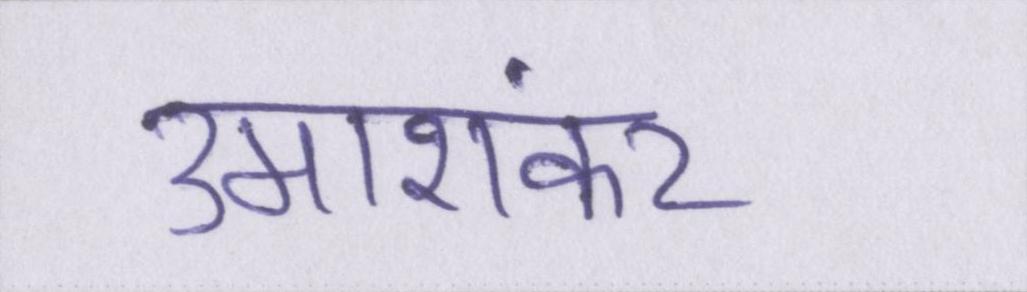
उमाशंकर